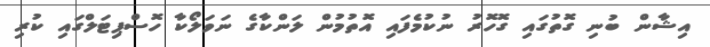
އިޝާން ބުނި ގޮތުގައި ގޮހޮރު ނުކުމެފައި އޮތުމުން ލަންކާގެ ނަވަލޯކާ ހޮސްޕިޓަލްގައި ކުރި